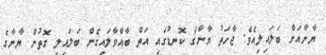
ޔާނާއަށް ބަލައިލިއެވެ. ޖާހަތު ޔާނާގެ ކޮނޑުގައި އަތް ބާއްވާލައިގެން ބަލައިލި ގޮތުން ޔާނާގެ